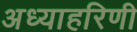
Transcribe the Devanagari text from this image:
अध्याहरिणी